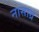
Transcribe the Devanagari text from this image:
नासाग्र